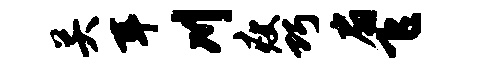
关耳川瘦巧扇飞